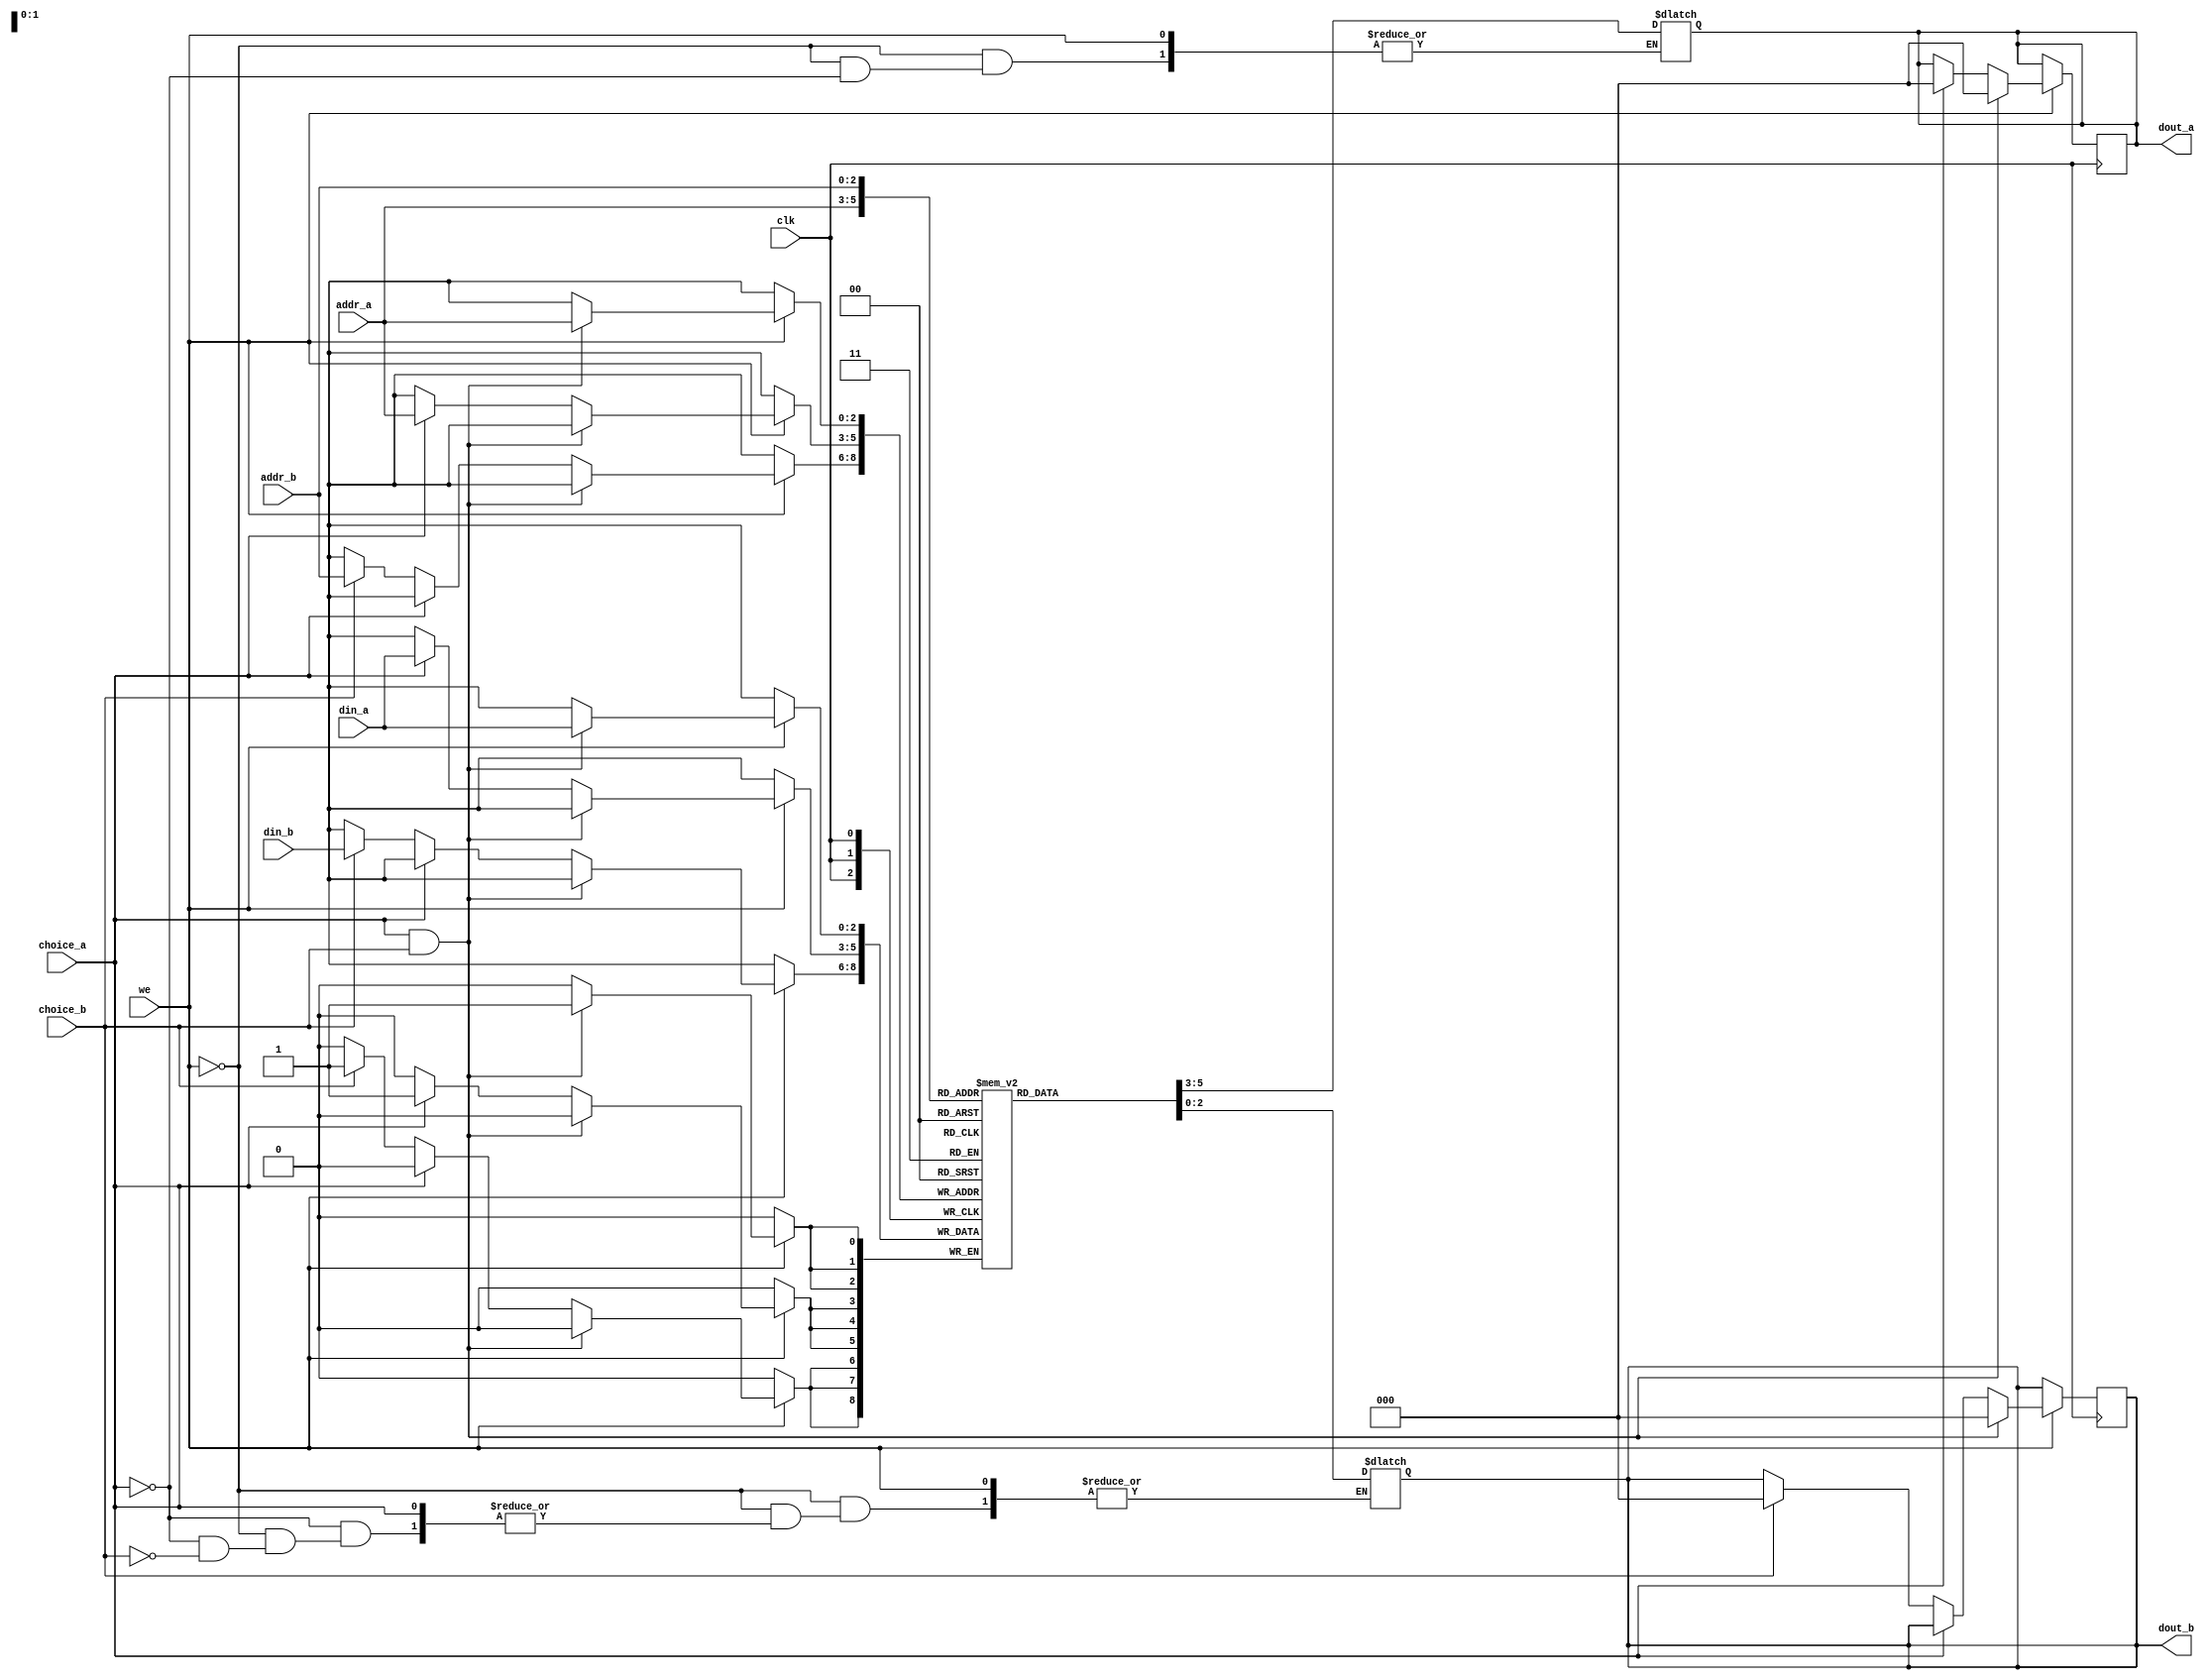
`timescale 1ns / 1ps
//////////////////////////////////////////////////////////////////////////////////
// Company: 
// Engineer: 
// 
// Design Name: 
// Module Name: RAM_2_2
// Project Name: 
// Target Devices: 
// Tool Versions: 
// Description: 
// 
// Dependencies: 
// 
// Revision:
// Revision 0.01 - File Created
// Additional Comments:
// 
//////////////////////////////////////////////////////////////////////////////////


module RAM_2_2(choice_a,choice_b,addr_a,addr_b,we,clk,din_a,din_b,dout_a,dout_b);
    parameter data_width=3;
    parameter addr_width=3;
    parameter RAM_depth=1<<addr_width;
    input clk;
    input we;
    input choice_a,choice_b;   //ab
    input [addr_width-1:0] addr_a;
    input [addr_width-1:0] addr_b;
    input [data_width-1:0] din_a;
    input [data_width-1:0] din_b;
    output reg[data_width-1:0]dout_a;
    output reg[data_width-1:0]dout_b;
    reg [data_width-1:0] mem [RAM_depth-1:0]; 
    always @(posedge clk) begin
        if (we) begin
            if (choice_a&&choice_b)  begin   
                mem[addr_a]<=din_a;
                dout_a<=0;
                dout_b<=0;
            end
            else begin
                if (choice_a) begin
                    mem[addr_a]<=din_a;
                    dout_a<=0;
                end
                else if (choice_b) begin
                    mem[addr_b]<=din_b;
                    dout_b<=0;
                end
            end
        end
    end
    always @(*) begin
        if (!we) begin
            if (choice_a) begin
                dout_a=mem[addr_a];
            end
            else if (choice_b) begin
                dout_b=mem[addr_b];
            end
        end
    end
endmodule